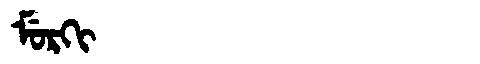
Manchu: ᠮᡠᡵᡴᡳ
Romanization: MURKI